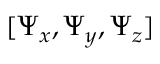
[ \Psi _ { x } , \Psi _ { y } , \Psi _ { z } ]